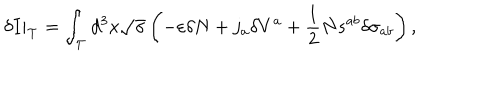
\left. \delta I \right| _ { { \cal T } } = \int _ { { \cal T } } d ^ { 3 } x \sqrt { \sigma } \left( - \varepsilon \delta N + j _ { a } \delta V ^ { a } + \frac { 1 } { 2 } N s ^ { a b } \delta \sigma _ { a b } \right) ,